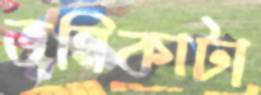
ভূমিকাটা